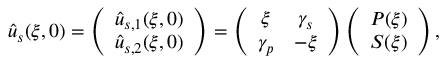
\hat { u } _ { s } ( \xi , 0 ) = \left( \begin{array} { c c } { \hat { u } _ { s , 1 } ( \xi , 0 ) } \\ { \hat { u } _ { s , 2 } ( \xi , 0 ) } \end{array} \right) = \left( \begin{array} { c c } { \xi } & { \gamma _ { s } } \\ { \gamma _ { p } } & { - \xi } \end{array} \right) \left( \begin{array} { c c } { P ( \xi ) } \\ { S ( \xi ) } \end{array} \right) ,